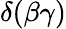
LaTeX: \delta(\beta\gamma)